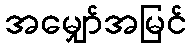
အမျှော်အမြင်